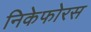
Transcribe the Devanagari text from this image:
निकेफोरस